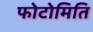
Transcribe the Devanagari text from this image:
फोटोमिति